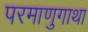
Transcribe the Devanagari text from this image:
परमाणुगाथा